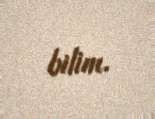
bilim.